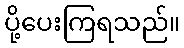
ပို့ပေးကြရသည်။